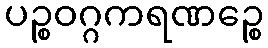
ပဉ္စဝဂ္ဂကရဏဉ္စေ